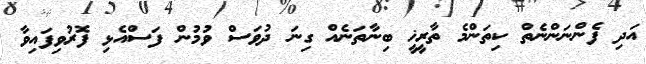
އަދި ފެންނަންނެތް ކިތަންމެ ތާރީޚީ ބިނާތަނެއް ގިނަ ދުވަސް ވުމުން ފަސްއެޅި ފޮރުވިފައިވާ